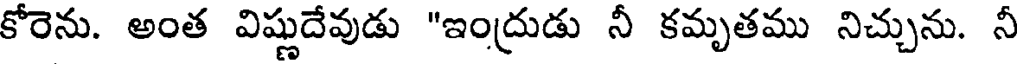
కోరెను. అంత విష్ణుదేవుడు "ఇంద్రుడు నీ కమృతము నిచ్చును. నీ